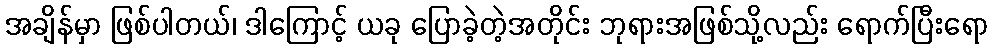
အချိန်မှာ ဖြစ်ပါတယ်၊ ဒါကြောင့် ယခု ပြောခဲ့တဲ့အတိုင်း ဘုရားအဖြစ်သို့လည်း ရောက်ပြီးရော